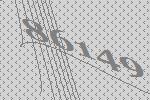
86149